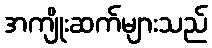
အကျိုးဆက်များသည်